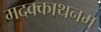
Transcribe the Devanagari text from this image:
मदक्काथनम